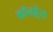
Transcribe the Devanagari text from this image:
कॉन्फ़्रेस